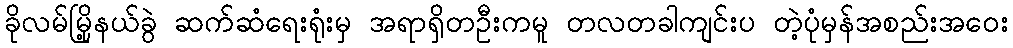
ခိုလမ်မြို့နယ်ခွဲ ဆက်ဆံရေးရုံးမှ အရာရှိတဦးကမူ တလတခါကျင်းပ တဲ့ပုံမှန်အစည်းအဝေး